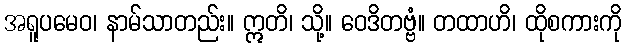
အရူပမေဝ၊ နာမ်သာတည်း။ ဣတိ၊ သို့။ ဝေဒိတဗ္ဗံ။ တထာဟိ၊ ထိုစကားကို